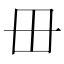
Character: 毌